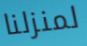
لمنزلنا